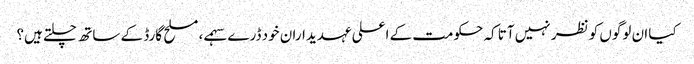
کیا ان لوگوں کو نظر نہیں آتا کہ حکومت کے اعلی عہدیداران خود ڈرے سہمے، مسلح گارڈ کے ساتھ چلتے ہیں؟